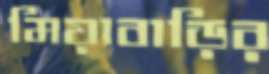
মিয়াবাড়ির